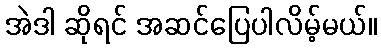
အဲဒါ ဆိုရင် အဆင်ပြေပါလိမ့်မယ်။